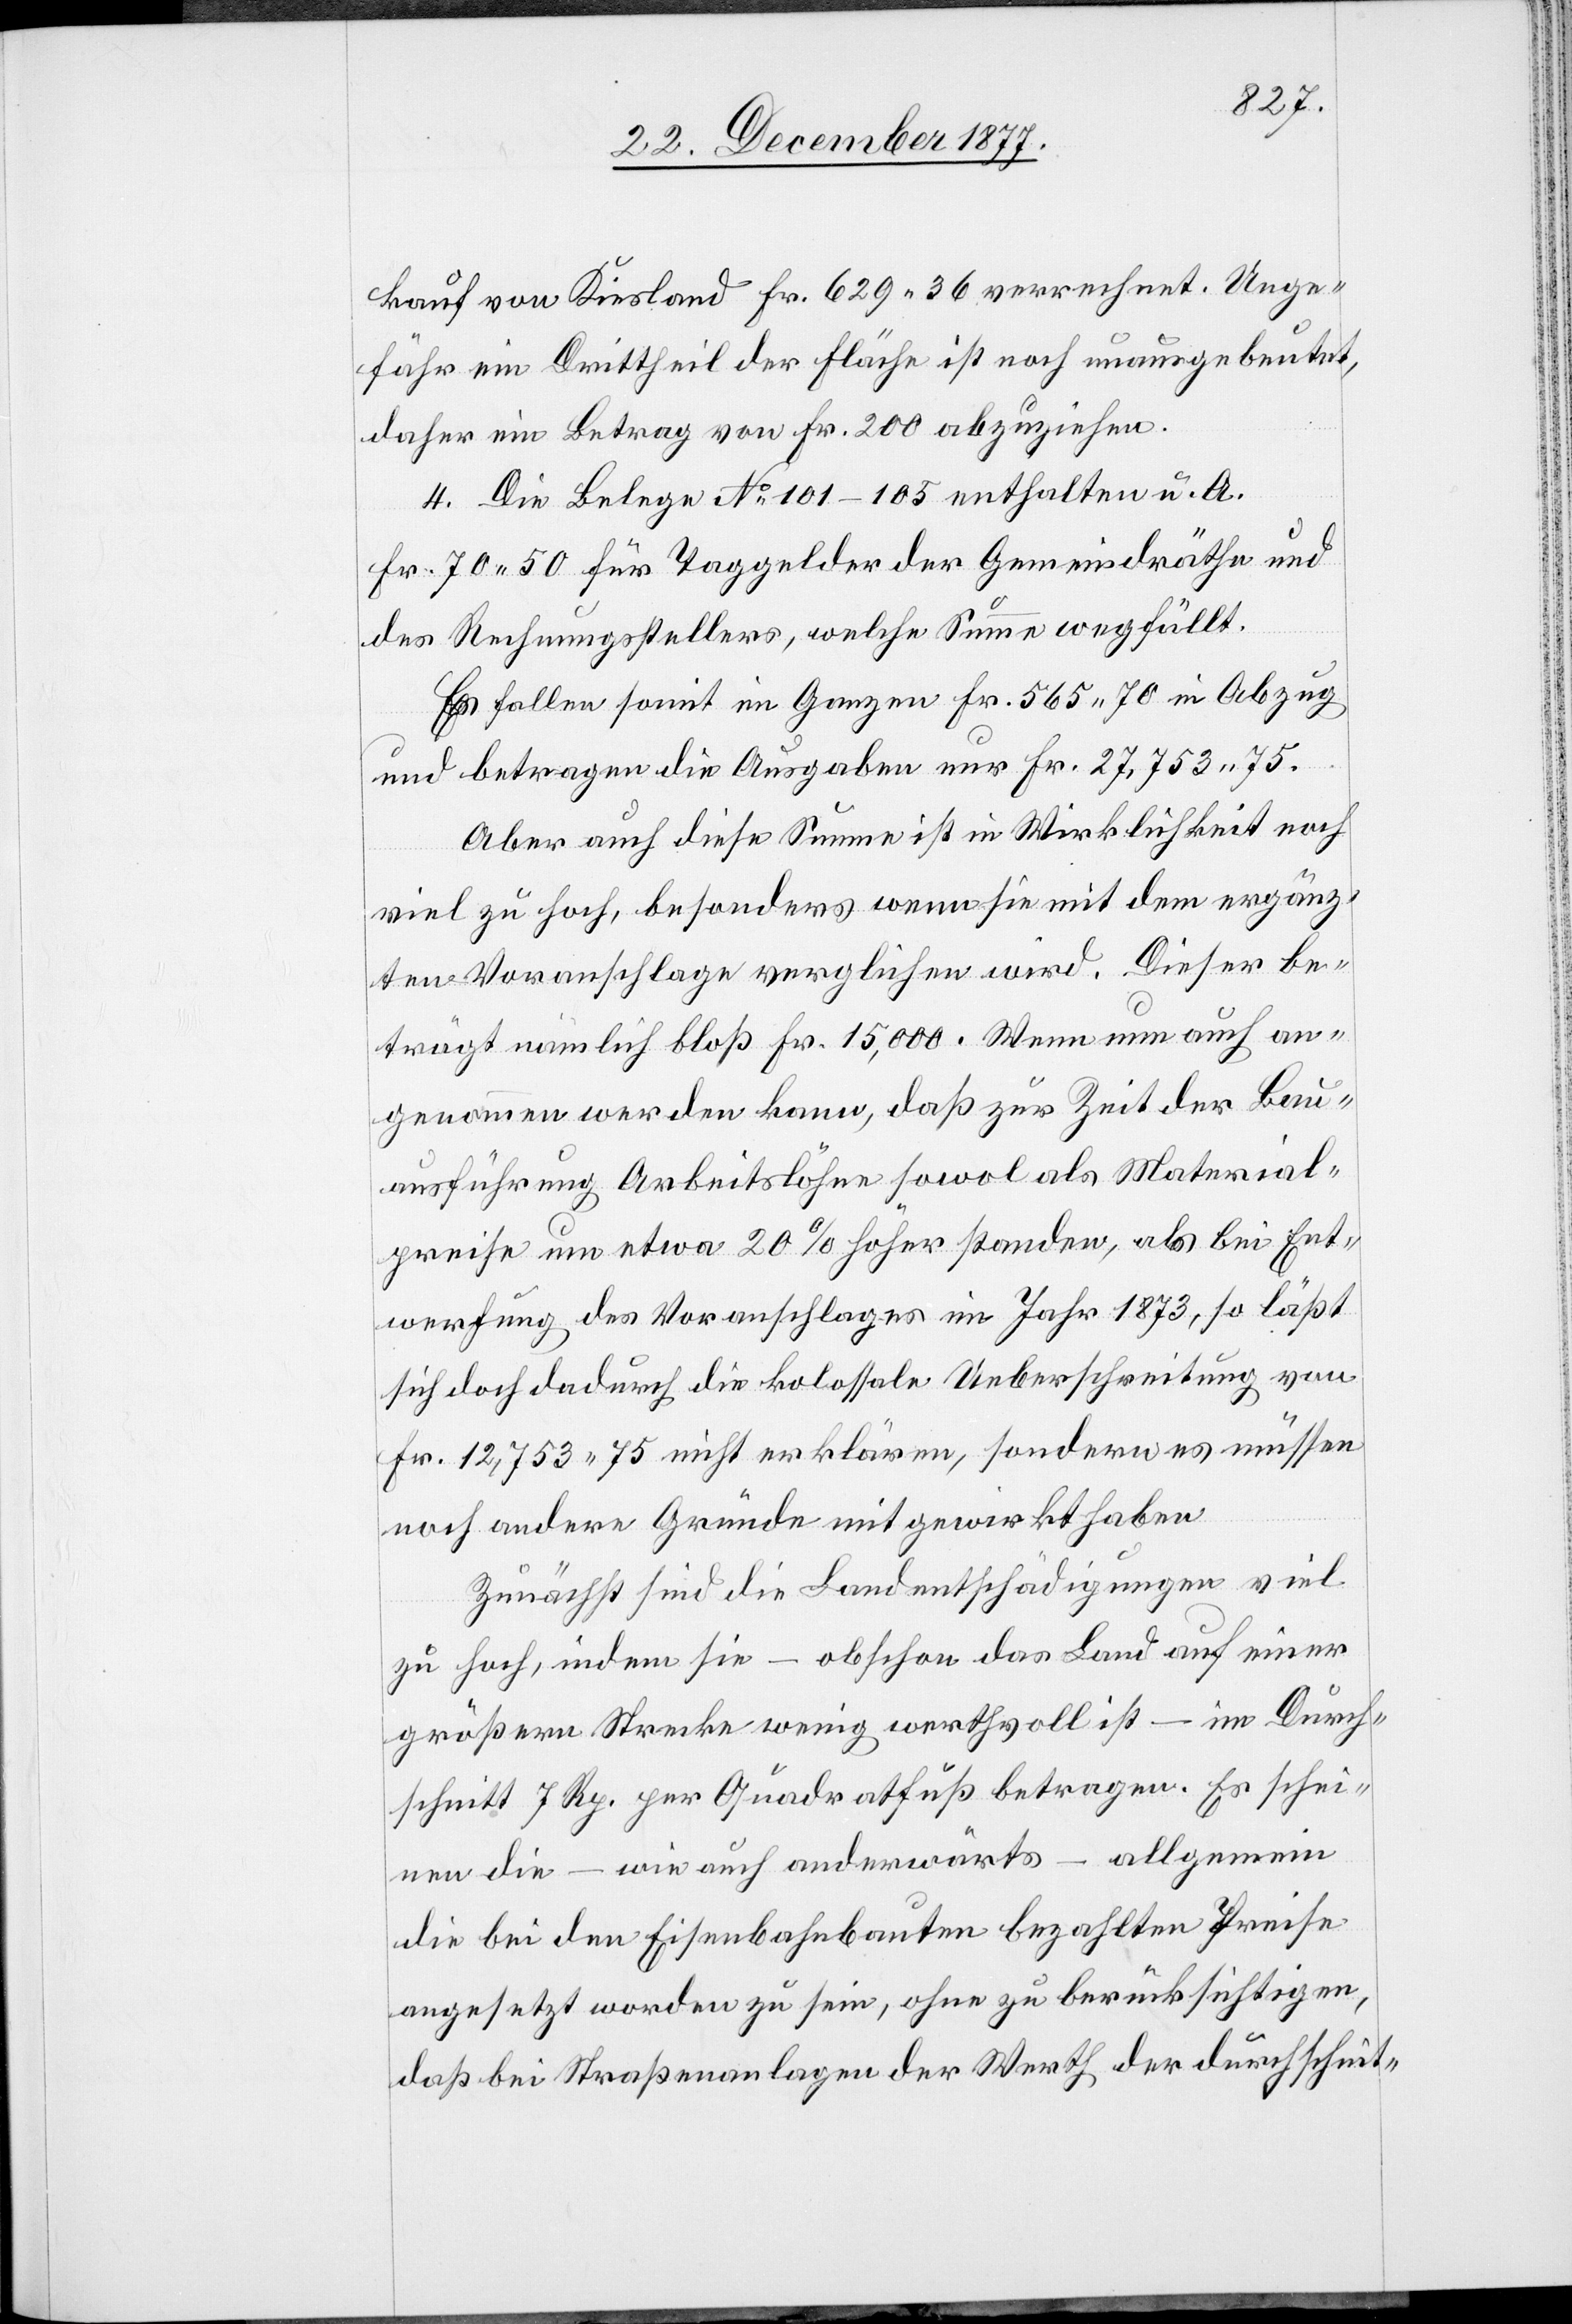
kauf von Kiesland Fr. 629 36 verrechnet. Unge¬
fähr ein Drittheil der Fläche ist noch unausgebeutet,
daher ein Betrag von Fr. 200 abzuziehen.
4. Die Belege No 101–105 enthalten u. A.
Fr. 70 50 für Taggelder der Gemeindräthe und
des Rechnungsstellers, welche Summe wegfällt.
Es fallen somit im Ganzen Fr. 565 70 in Abzug
und betragen die Ausgaben nur Fr. 27,753 75.
Aber auch diese Summe ist in Wirklichkeit noch
viel zu hoch, besonders wenn sie mit dem ergänz¬
ten Voranschlage verglichen wird. Dieser be¬
trägt nämlich bloß Fr. 15,000. Wenn nun auch an¬
genommen werden kann, daß zur Zeit der Bau¬
ausführung Arbeitslöhne sowol als Material¬
preise um etwa 20% höher standen, als bei Ent¬
werfung des Voranschlages im Jahr 1873, so läßt
sich doch dadurch die kolossale Ueberschreitung von
Fr. 12,753 75 nicht erklären, sondern es müssen
noch andere Gründe mitgewirkt haben.
Zunächst sind die Landentschädigungen viel
zu hoch, indem sie – obschon das Land auf einer
größern Strecke wenig werthvoll ist – im Durch¬
schnitt 7 Rp. per Quadratfuß betragen. Es schei¬
nen die – wie auch anderwärts – allgemein
die bei den Eisenbahnbauten bezahlten Preise
angesetzt worden zu sein, ohne zu berücksichtigen,
daß bei Straßenanlagen der Werth der durchschnit-